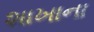
શાખાના